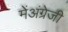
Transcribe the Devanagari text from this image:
मेंअंग्रेजी